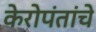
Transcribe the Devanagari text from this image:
केरोपंतांचे